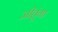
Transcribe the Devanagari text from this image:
जीतूंगा